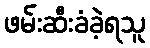
ဖမ်းဆီးခံခဲ့ရသူ